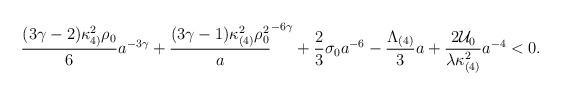
LaTeX: \begin{align*}\frac{(3\gamma -2)\kappa_{4)}^{2} \rho_{0}}{6} a^{-3\gamma} +\frac{(3\gamma -1)\kappa_{(4)}^{2}\rho_{0}^{2}} a^{-6\gamma} +\frac{2}{3} \sigma_{0} a^{-6} -\frac{\Lambda_{(4)}}{3}a +\frac{2{\cal U}_{0}}{\lambda \kappa_{(4)}^{2}} a^{-4} < 0.\end{align*}